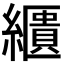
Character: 𦆠